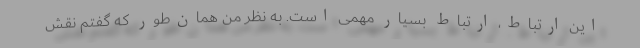
این ارتباط، ارتباط بسیار مهمی است. به نظر من همان‌طور که گفتم نقش